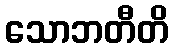
သောဘတီတိ